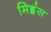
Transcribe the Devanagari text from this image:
मिड्डंस